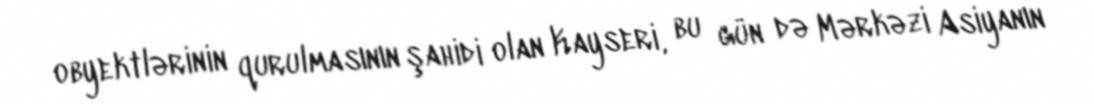
obyektlərinin qurulmasının şahidi olan Kayseri, bu gün də Mərkəzi Asiyanın